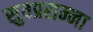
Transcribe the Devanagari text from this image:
सुवप्रसन्ना